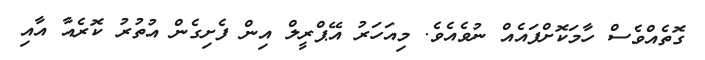
ގޮތެއްވެސް ހާމަކޮށްފައެއް ނުވެއެވެ. މިއަހަރު އޭޕްރީލް އިން ފެށިގެން އުތުރު ކޮރެެއާ އާއި